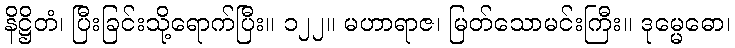
နိဋ္ဌိတံ၊ ပြီးခြင်းသို့ရောက်ပြီး။ ၁၂၂။ မဟာရာဇ၊ မြတ်သောမင်းကြီး။ ဒုမ္မေဓော၊